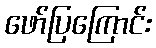
ဖော်ပြကြောင်း